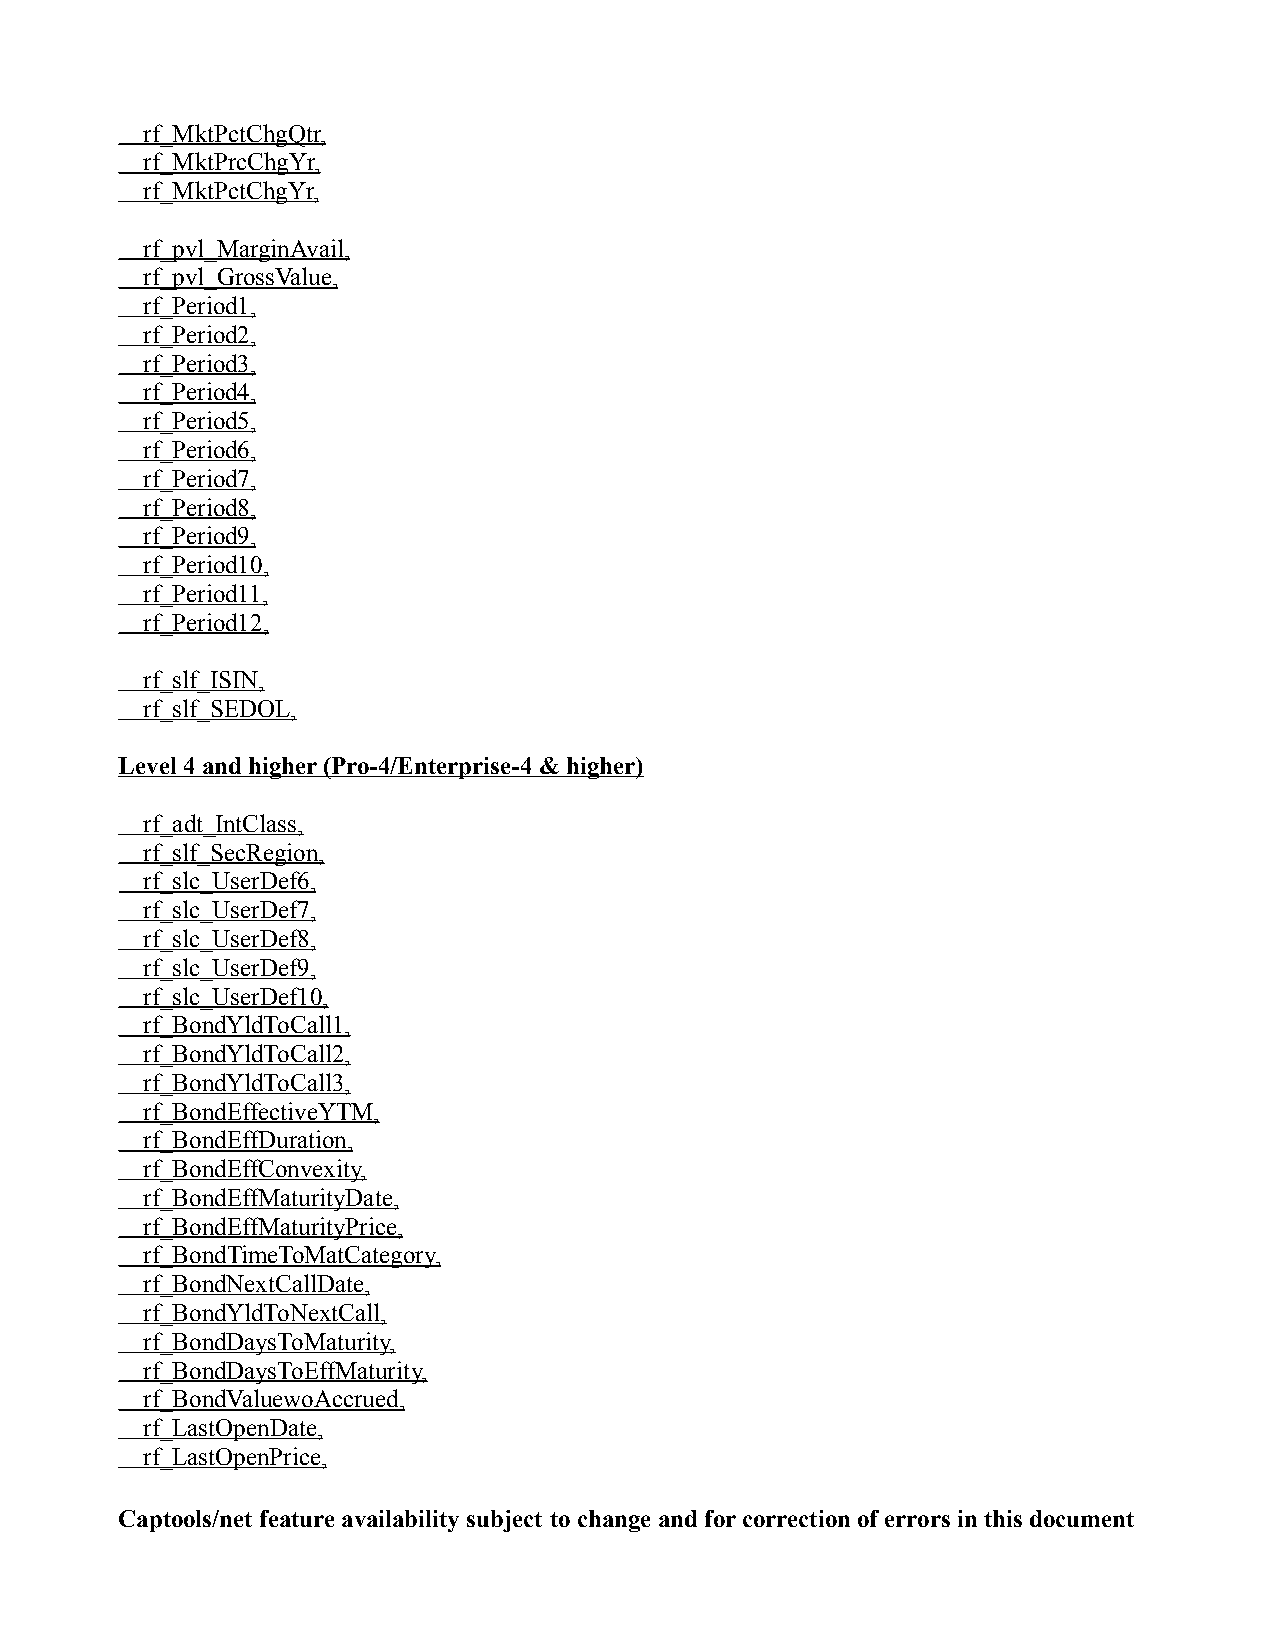
rf_MktPctChgQtr,
 rf_MktPrcChgYr,
 rf_MktPctChgYr,
 rf_pvl_MarginAvail,
 rf_pvl_GrossValue,
 rf_Period1,
 rf_Period2,
 rf_Period3,
 rf_Period4,
 rf_Period5,
 rf_Period6,
 rf_Period7,
 rf_Period8,
 rf_Period9,
 rf_Period10,
 rf_Period11,
 rf_Period12,
 rf_slf_ISIN,
 rf_slf_SEDOL,
 Level 4 and higher (Pro-4/Enterprise-4 & higher)
 rf_adt_IntClass,
 rf_slf_SecRegion,
 rf_slc_UserDef6,
 rf_slc_UserDef7,
 rf_slc_UserDef8,
 rf_slc_UserDef9,
 rf_slc_UserDef10,
 rf_BondYldToCall1,
 rf_BondYldToCall2,
 rf_BondYldToCall3,
 rf_BondEffectiveYTM,
 rf_BondEffDuration,
 rf_BondEffConvexity,
 rf_BondEffMaturityDate,
 rf_BondEffMaturityPrice,
 rf_BondTimeToMatCategory,
 rf_BondNextCallDate,
 rf_BondYldToNextCall,
 rf_BondDaysToMaturity,
 rf_BondDaysToEffMaturity,
 rf_BondValuewoAccrued,
 rf_LastOpenDate,
 rf_LastOpenPrice,
 Captools/net feature availability subject to change and for correction of errors in this document